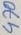
Text: 470